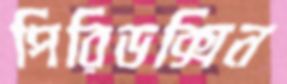
পিরিডক্সিন